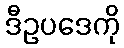
ဒီဥပဒေကို